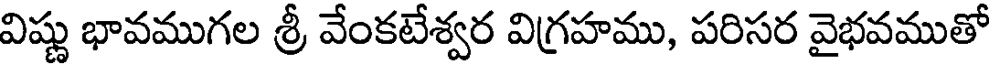
విష్ణు భావముగల శ్రీ వేంకటేశ్వర విగ్రహము, పరిసర వైభవముతో